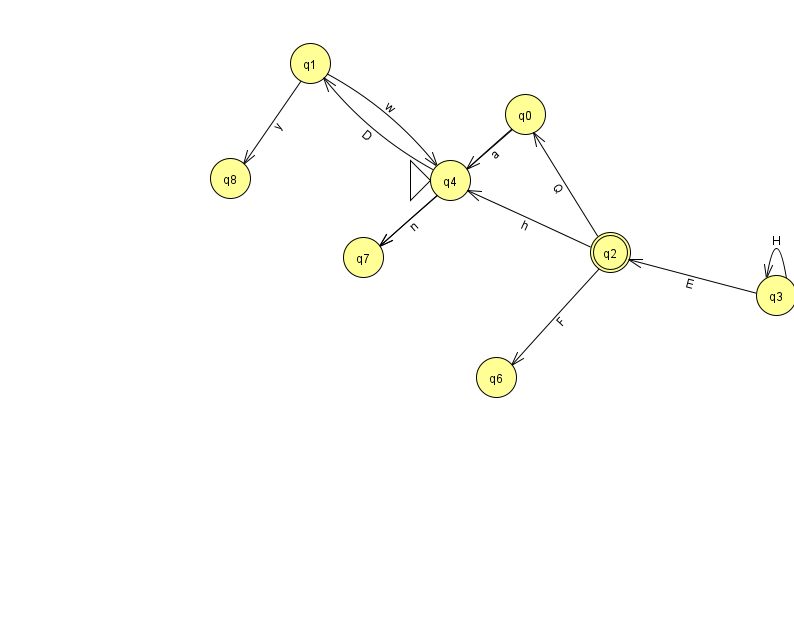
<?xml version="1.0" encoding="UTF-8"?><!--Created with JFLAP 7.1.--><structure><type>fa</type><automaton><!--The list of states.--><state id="0" name="q0"><x>525.0</x><y>101.0</y></state><state id="1" name="q1"><x>310.0</x><y>50.0</y></state><state id="2" name="q2"><x>610.0</x><y>239.0</y><final/></state><state id="3" name="q3"><x>776.0</x><y>282.0</y></state><state id="4" name="q4"><x>450.0</x><y>167.0</y><initial/></state><state id="6" name="q6"><x>496.0</x><y>364.0</y></state><state id="7" name="q7"><x>363.0</x><y>244.0</y></state><state id="8" name="q8"><x>230.0</x><y>165.0</y></state><!--The list of transitions.--><transition><from>3</from><to>2</to><read>E</read></transition><transition><from>2</from><to>0</to><read>Q</read></transition><transition><from>2</from><to>4</to><read>h</read></transition><transition><from>2</from><to>6</to><read>F</read></transition><transition><from>3</from><to>3</to><read>H</read></transition><transition><from>0</from><to>7</to><read>s</read></transition><transition><from>4</from><to>1</to><read>D</read></transition><transition><from>0</from><to>4</to><read>a</read></transition><transition><from>4</from><to>7</to><read>n</read></transition><transition><from>1</from><to>8</to><read>y</read></transition><transition><from>1</from><to>4</to><read>w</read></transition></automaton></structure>